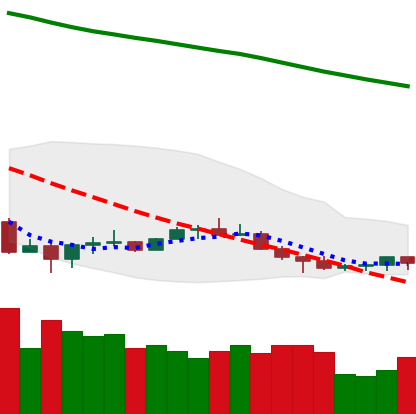
Ticker: NEO-USD
Chart end date: 2022-07-05
Forward return: 10.525%
Label: up_7plus